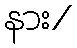
နား/